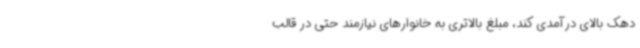
دهک بالای درآمدی کند، مبلغ بالاتری به خانوارهای نیازمند حتی در قالب